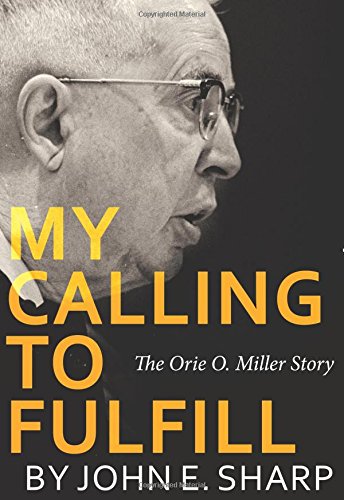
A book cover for My Calling to Fulfill: The Orie O. Miller Story; John E. Sharp; Christian Books & Bibles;